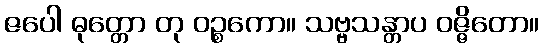
ဇပေါ ဓုတ္တော တု ဝဉ္စကော။ သဗ္ဗသန္တာပ ဝဇ္ဇိတော။